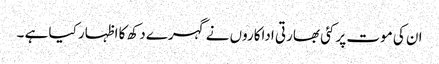
ان کی موت پر کئی بھارتی اداکاروں نے گہرے دکھ کا اظہار کیا ہے ۔